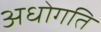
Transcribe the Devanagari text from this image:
अधोगति